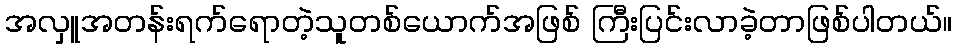
အလှူအတန်းရက်ရောတဲ့သူတစ်ယောက်အဖြစ် ကြီးပြင်းလာခဲ့တာဖြစ်ပါတယ်။